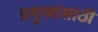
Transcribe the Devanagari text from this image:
प्रमुखांसाठी